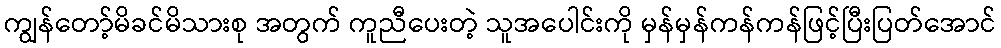
ကျွန်တော့်မိခင်မိသားစု အတွက် ကူညီပေးတဲ့ သူအပေါင်းကို မှန်မှန်ကန်ကန်ဖြင့်ပြီးပြတ်အောင်